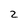
Character: 2